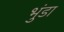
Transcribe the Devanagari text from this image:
भुंडा